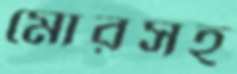
মোরসহ